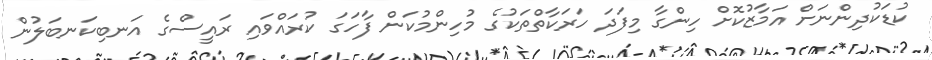
ކުޑަކުދިންނަށް އަމާޒުކޮށް ހިންގާ މިފަދަ ހަރަކާތްތަކުގެ މުހިންމުކަން ފާހަގަ ކުރައްވައި ރައީސްގެ އަނބިކަނބަލުން